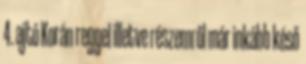
4. ajtó Korán reggel illetve részemről már inkább késő